Document type: Dowry acquittance
Year: 1240
Scribe: Pere de Bages
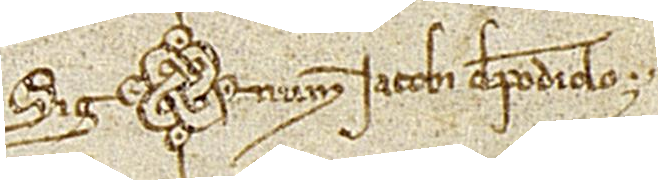
Sig(signe)num Iacobi de Podiolo.